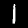
Label: 1